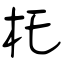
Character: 杔